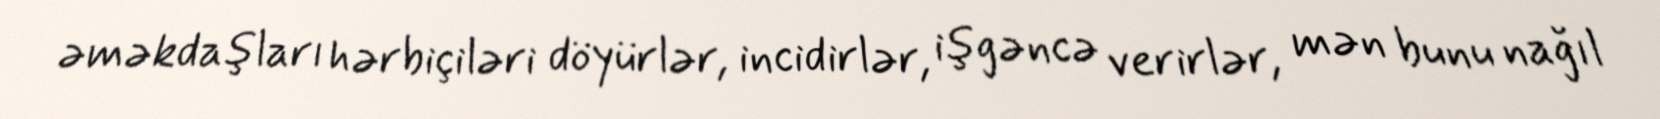
əməkdaşları hərbiçiləri döyürlər, incidirlər, işgəncə verirlər, mən bunu nağıl